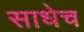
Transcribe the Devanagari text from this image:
साधेच